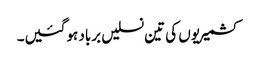
کشمیریوں کی تین نسلیں برباد ہوگئیں۔